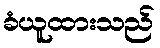
ခံယူထားသည်